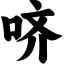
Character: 哜